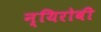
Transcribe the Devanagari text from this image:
न्यिरोबी